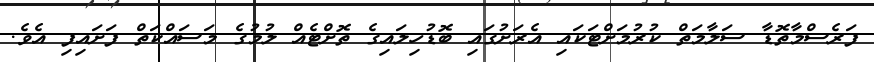
ފަރެސްމާތޮޑާ ސަލާމަތް ކުރުމަށްޓަކައި އެރަށުގައި ބޮޑުހިލައިގެ ތޮށްޓެއް ލުމުގެ މަސައްކަތް ފަށައިފި އެވެ.